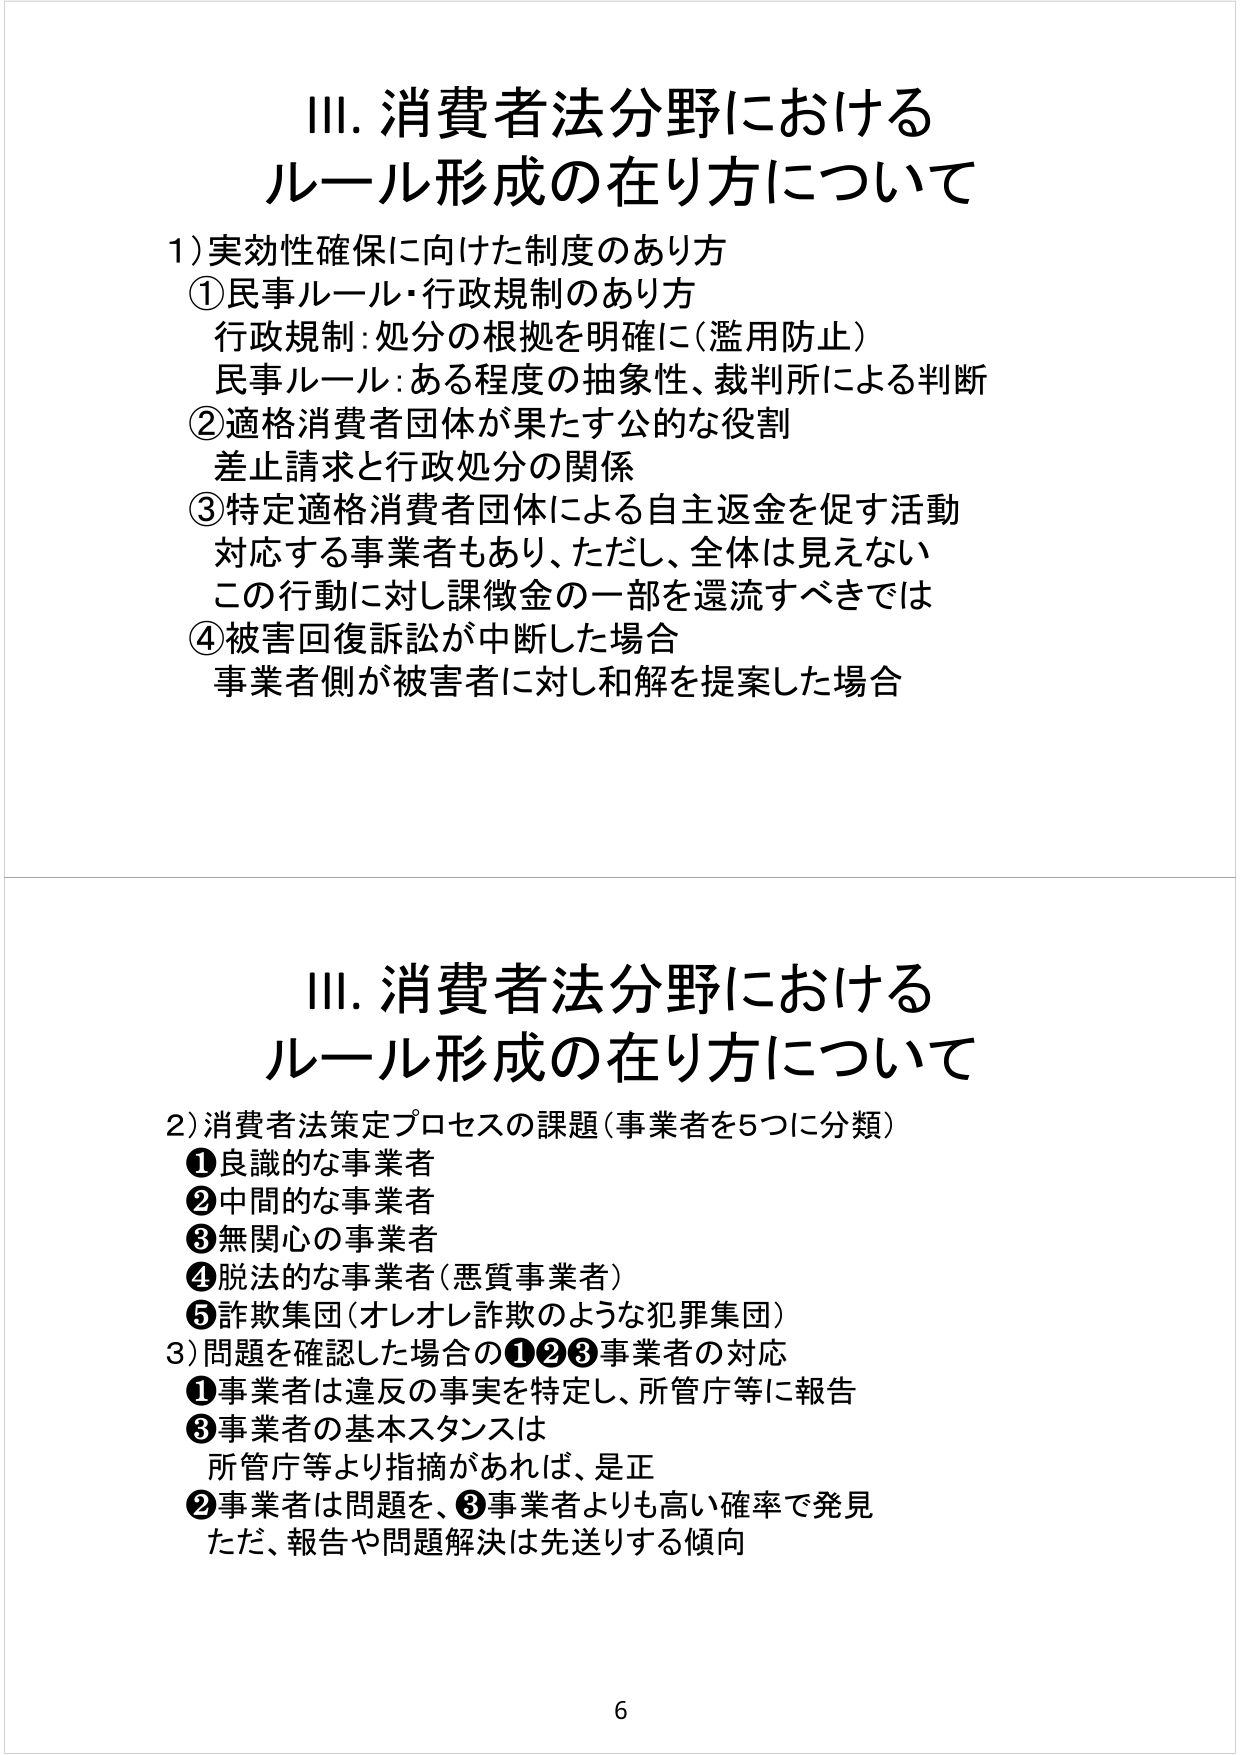
Ⅲ. 消費者法分野における
ルール形成の在り方について

1) 実効性確保に向けた制度のあり方
① 民事ルール・行政規制のあり方
　行政規制：処分の根拠を明確に（濫用防止）
　民事ルール：ある程度の抽象性、裁判所による判断
② 適格消費者団体が果たす公的な役割
　差止請求と行政処分の関係
③ 特定適格消費者団体による自主返金を促す活動
　対応する事業者もあり、ただし、全体は見えない
　この行動に対し課徴金の一部を還流すべきでは
④ 被害回復訴訟が中断した場合
　事業者側が被害者に対し和解を提案した場合

Ⅲ. 消費者法分野における
ルール形成の在り方について

2) 消費者法策定プロセスの課題（事業者を5つに分類）
① 良識的な事業者
② 中間的な事業者
③ 無関心の事業者
④ 脱法的な事業者（悪質事業者）
⑤ 詐欺集団（オレオレ詐欺のような犯罪集団）
3) 問題を確認した場合の①②③事業者の対応
① 事業者は違反の事実を特定し、所管庁等に報告
③ 事業者の基本スタンスは
　所管庁等より指摘があれば、是正
② 事業者は問題を、③事業者よりも高い確率で発見
　ただ、報告や問題解決は先送りする傾向

6